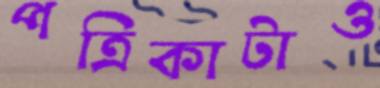
পত্রিকাটাও